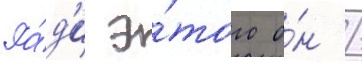
Ра́д'и э́того о́н /